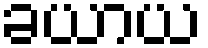
ခယာယ